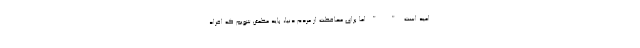
امید است." "اما برای محافظت از مردم دنیا، باید مطمئن شویم که افراد